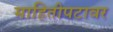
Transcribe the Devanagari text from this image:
माहितीपटावर